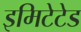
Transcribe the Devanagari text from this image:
इमिटेटेड